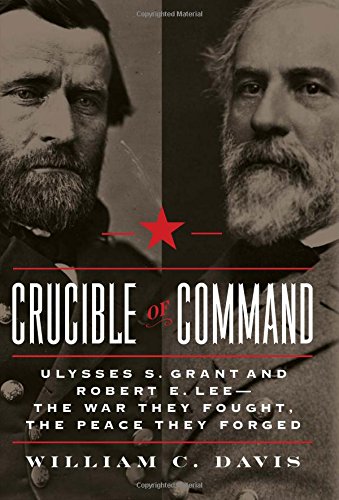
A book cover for Crucible of Command: Ulysses S. Grant and Robert E. Lee--The War They Fought, the Peace They Forged; William C. Davis; History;